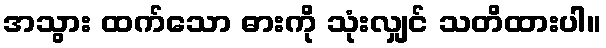
အသွား ထက်သော ဓားကို သုံးလျှင် သတိထားပါ။